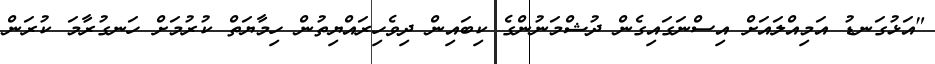
"އަޅުގަނޑު އަމިއްލައަށް އިސްނަގައިގެން ދުޝްމަނުންގެ ކިބައިން ދިވެހިރައްޔިތުން ހިމާޔަތް ކުރުމަށް ހަނގުރާމަ ކުރަން